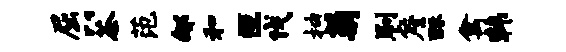
屈以茶范郇和叵伐抽菊刷詹酥禽韩